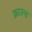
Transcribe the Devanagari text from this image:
क्राउन्ड